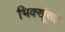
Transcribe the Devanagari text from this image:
भिक्खूंसह